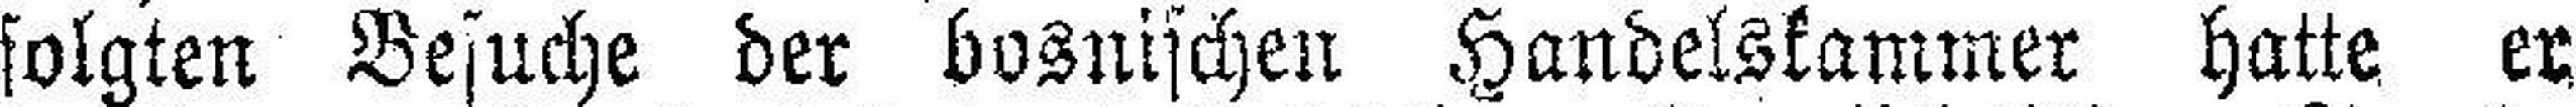
folgten### Besuche der bosnischen Handelskammer hatte er